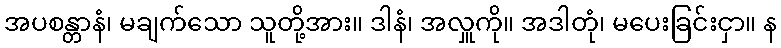
အပစန္တာနံ၊ မချက်သော သူတို့အား။ ဒါနံ၊ အလှူကို။ အဒါတုံ၊ မပေးခြင်းငှာ။ န